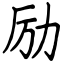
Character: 励